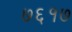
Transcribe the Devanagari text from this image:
७६१७